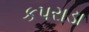
કપરાડા